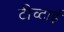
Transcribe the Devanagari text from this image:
टीच्टाई